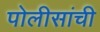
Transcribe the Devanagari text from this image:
पोलीसांची